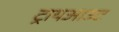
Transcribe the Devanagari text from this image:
ट्रायआउट